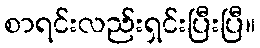
စာရင်းလည်းရှင်းပြီးပြီ။